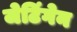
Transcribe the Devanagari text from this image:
जेटिंगेन